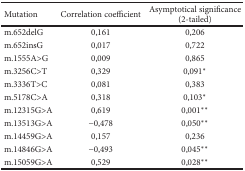
| Mutation | Correlation coefficient | Asymptotical significance (2-tailed) |
 | --- | --- | --- |
 | m.652delG | 0,161 | 0,206 |
 | m.652insG | 0,017 | 0,722 |
 | m.1555A>G | 0,009 | 0,865 |
 | m.3256C>T | 0,329 | 0,091∗ |
 | m.3336T>C | 0,081 | 0,383 |
 | m.5178C>A | 0,318 | 0,103∗ |
 | m.12315G>A | 0,619 | 0,001∗∗ |
 | m.13513G>A | −0,478 | 0,050∗∗ |
 | m.14459G>A | 0,157 | 0,236 |
 | m.14846G>A | −0,493 | 0,045∗∗ |
 | m.15059G>A | 0,529 | 0,028∗∗ |